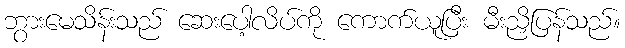
ဘွားမေသိန်းသည် ဆေးပေါ့လိပ်ကို ကောက်ယူပြီး မီးညှိပြန်သည်။